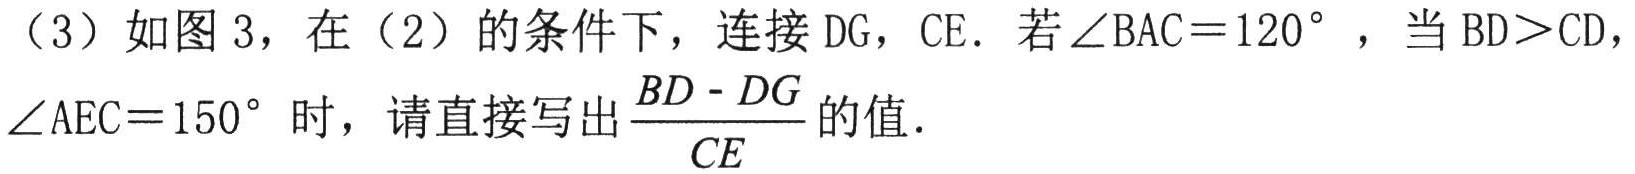
（3）如图 3，在（2）的条件下，连接 DG，CE．若$\angle BAC = 120^{\circ}$，当 BD＞CD，$\angle AEC = 150^{\circ}$时，请直接写出$\frac{BD - DG}{CE}$的值．